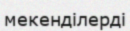
мекенділерді